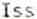
ISS